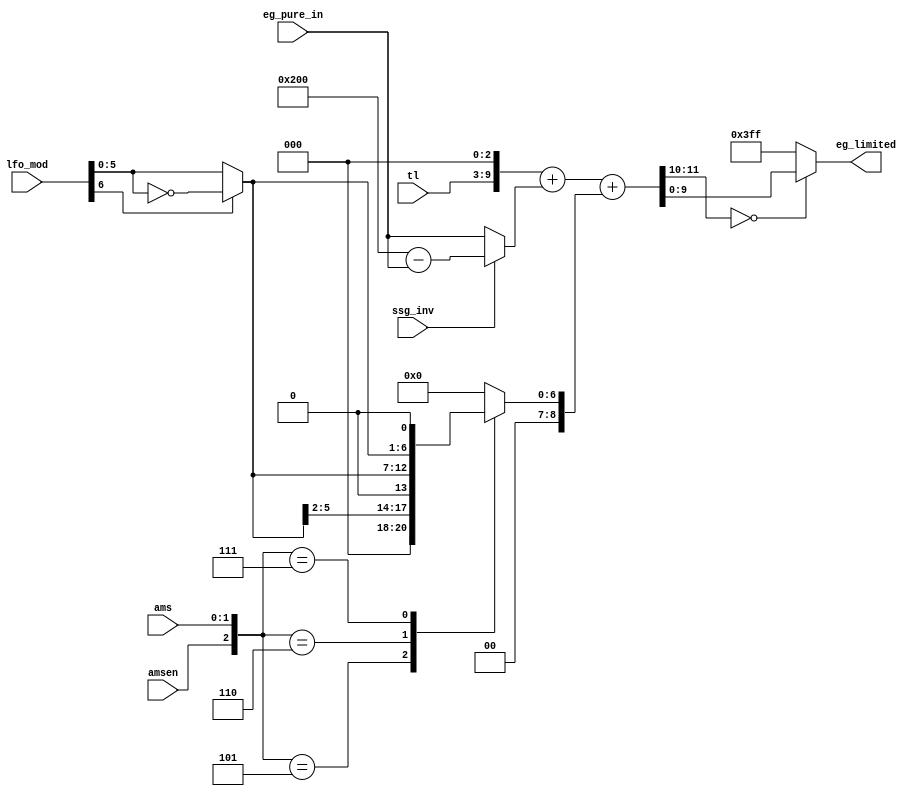
// This program was cloned from: https://github.com/jotego/jt12
// License: GNU General Public License v3.0

/*  This file is part of JT12.

	JT12 is free software: you can redistribute it and/or modify
	it under the terms of the GNU General Public License as published by
	the Free Software Foundation, either version 3 of the License, or
	(at your option) any later version.

	JT12 is distributed in the hope that it will be useful,
	but WITHOUT ANY WARRANTY; without even the implied warranty of
	MERCHANTABILITY or FITNESS FOR A PARTICULAR PURPOSE.  See the
	GNU General Public License for more details.

	You should have received a copy of the GNU General Public License
	along with JT12.  If not, see <http://www.gnu.org/licenses/>.

	Author: Jose Tejada Gomez. Twitter: @topapate
	Version: 1.0
	Date: 29-10-2018

	*/

module jt12_eg_final(
	input [ 6:0] lfo_mod,
	input        amsen,
	input [ 1:0] ams,
	input [ 6:0] tl,
	input [ 9:0] eg_pure_in,
	input 		 ssg_inv,
	output reg	[9:0] eg_limited
);

reg	[ 8:0]	am_final;
reg	[11:0]	sum_eg_tl;
reg	[11:0]	sum_eg_tl_am;
reg	[ 5:0]	am_inverted;
reg [ 9:0]	eg_pream;

always @(*) begin
	am_inverted = lfo_mod[6] ? ~lfo_mod[5:0] : lfo_mod[5:0];
end

always @(*) begin
	casez( {amsen, ams } )
		default: am_final = 9'd0;
		3'b1_01: am_final = { 5'd0, am_inverted[5:2]	};
		3'b1_10: am_final = { 3'd0, am_inverted 		};
		3'b1_11: am_final = { 2'd0, am_inverted, 1'b0	};
	endcase
	eg_pream = ssg_inv ? (10'h200-eg_pure_in) : eg_pure_in;
	sum_eg_tl = {  1'b0, tl,   3'd0 } + {1'b0, eg_pream}; // leading zeros needed to compute correctly
	sum_eg_tl_am = sum_eg_tl + { 3'd0, am_final };
end

always @(*)  
	eg_limited = sum_eg_tl_am[11:10]==2'd0 ? sum_eg_tl_am[9:0] : 10'h3ff;

endmodule // jt12_eg_final